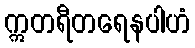
ဣတရီတရေနပါဟံ